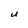
Character: U